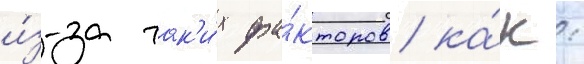
и́з-за так'и́х фа́кторов ка́к: